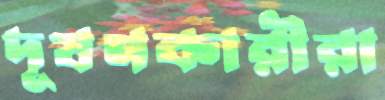
দূষণকারীরা